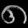
Digit: ၈